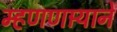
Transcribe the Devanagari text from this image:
म्हणणार्‍याने